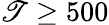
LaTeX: \mathscr{T}\geq500